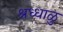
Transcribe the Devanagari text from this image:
श्रध्धाळु